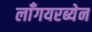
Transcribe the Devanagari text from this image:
लाँगयरब्येन